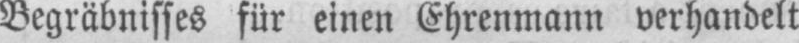
Begräbnisses für einen Ehrenmann verhandelt